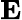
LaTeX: \boldsymbol{\mathrm E}